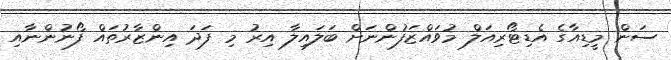
ސަން މީޑިއާގެ އެޑިޓޯރިއަލް މުވައްޒަފުންނަށް ބަލައިލާ އިރު މި ފަދަ އިންޒާރުތައް ފޯނުންނާއި